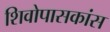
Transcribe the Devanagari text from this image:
शिवोपासकांस